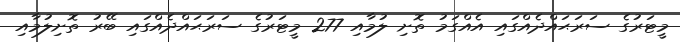
މީޓަރުގެ ސަރަޙައްދެއްގައި އެއްގަމު ތޮށި ލުމާއި 277 މީޓަރުގެ ސަރަޙައްދެއްގައި ބޭރު ތޮށިލުމާއި